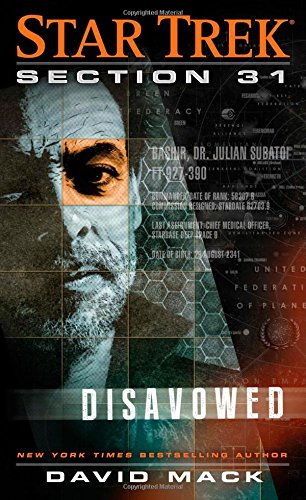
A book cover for Star Trek: Section 31: Disavowed; David Mack; Science Fiction & Fantasy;